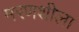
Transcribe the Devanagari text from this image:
मरणशीला